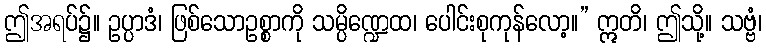
ဤအရပ်၌။ ဥပ္ပာဒံ၊ ဖြစ်သောဥစ္စာကို သမ္ပိဏ္ဍေထ၊ ပေါင်းစုကုန်လော့။” ဣတိ၊ ဤသို့။ သဗ္ဗံ၊